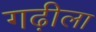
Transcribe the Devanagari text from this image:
गढ़ीला